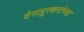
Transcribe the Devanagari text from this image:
देगलूरकरांच्या